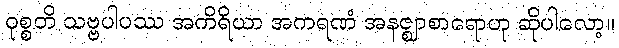
ဝုစ္စတိ သဗ္ဗပါပဿ အကိရိယာ အကရဏံ အနဇ္ဈာစာရောဟု ဆိုပါလော့။